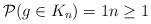
LaTeX: \begin{align*}\mathcal{P}(g\in K_{n})=1n\geq1\end{align*}